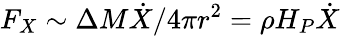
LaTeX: F_{X}\sim\Delta M\dot{X}/4\pi r^{2}=\rho H_{P}\dot{X}